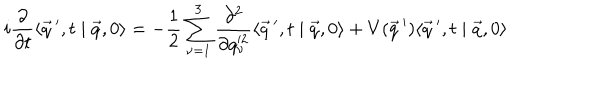
i \frac { \partial } { \partial t } \langle \vec { q } \, ^ { \prime } , t \mid \vec { q } , 0 \rangle = - \frac { 1 } { 2 } \sum _ { \nu = 1 } ^ { 3 } \frac { \partial ^ { 2 } } { \partial q _ { \nu } ^ { 2 } } \langle \vec { q } \, ^ { \prime } , t \mid \vec { q } , 0 \rangle + V ( \vec { q } \, ^ { \prime } ) \langle \vec { q } \, ^ { \prime } , t \mid \vec { q } , 0 \rangle